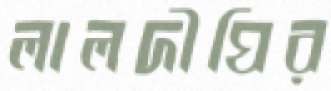
লালদীঘির